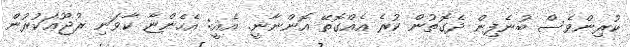
ކުރިންވެސް ބުނެފިން ދެގޮތުން ކުރެ އެއްގޮތޭ އޮންނާނީ. އެއީ: އެހެންޏާ ކާވަނި ރުޖޫޢަކުރުން